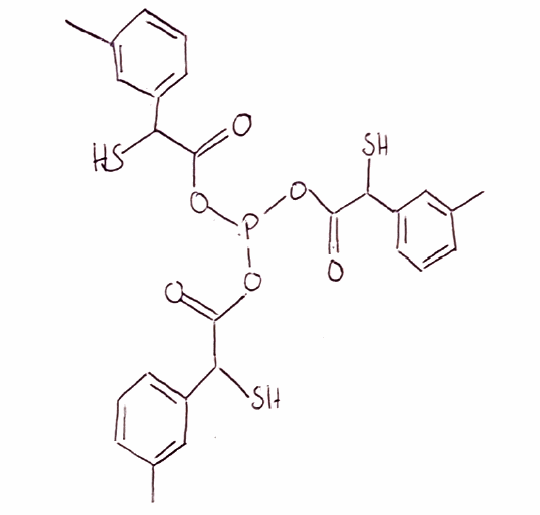
Simplified molecular-input line-entry system (SMILES) notation of the given molecule:
CC1=CC(=CC=C1)C(C(=O)OP(OC(=O)C(C2=CC=CC(=C2)C)S)OC(=O)C(C3=CC=CC(=C3)C)S)S